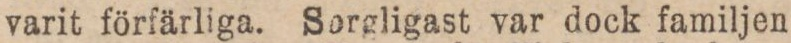
varit förfärliga. Sorgligast var dock familjen